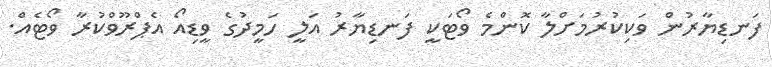
ފަނޑިޔާރުން ވަކިކުރުމަށްލާ ކޮންމެ ވޯޓަކީ ފަނޑިޔާރު އަލީ ހަމީދުގެ ވީޑިއޯ އެޕްރޫވްކުރާ ވޯޓެއް.